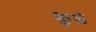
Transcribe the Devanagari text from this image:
कुध्रे